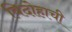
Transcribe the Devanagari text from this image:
विदोहाची